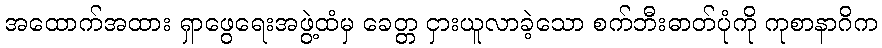
အထောက်အထား ရှာဖွေရေးအဖွဲ့ထံမှ ခေတ္တ ငှားယူလာခဲ့သော စက်ဘီးဓာတ်ပုံကို ကုစာနာဂိက